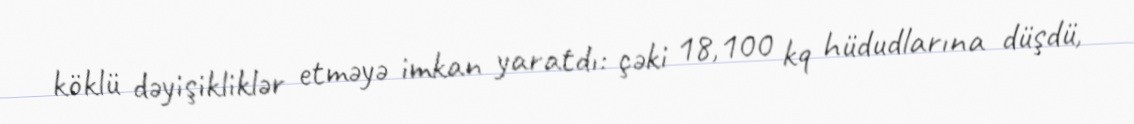
köklü dəyişikliklər etməyə imkan yaratdı: çəki 18,100 kq hüdudlarına düşdü,